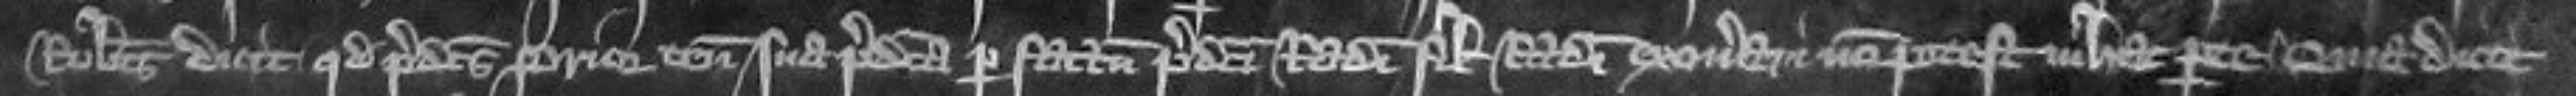
Robertus dicit quod predictus prior tenementa sua predicta per factum predicti Radulphi filii Radulphi exonerare non potest in hac parte Quia dicit